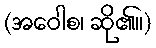
(အဝေါစ၊ ဆို၏။)